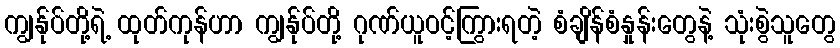
ကျွန်ုပ်တို့ရဲ့ ထုတ်ကုန်ဟာ ကျွန်ုပ်တို့ ဂုဏ်ယူဝင့်ကြွားရတဲ့ စံချိန်စံနှုန်းတွေနဲ့ သုံးစွဲသူတွေ